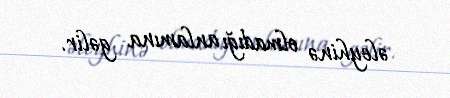
əleyhinə olmadığı anlamına gəlir.